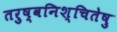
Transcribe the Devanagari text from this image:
तरुष्वनिश्चितेषु